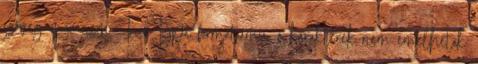
szöveg már nem TrueType formátumú, a karakterek nem emelhetők